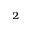
_ 2